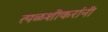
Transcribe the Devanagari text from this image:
त्पळशीकरांनी